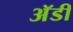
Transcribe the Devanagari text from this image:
अॅडी